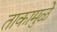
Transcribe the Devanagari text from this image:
ताकामुळे